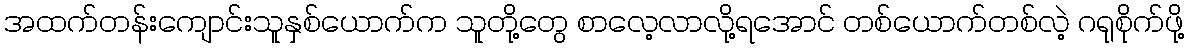
အထက်တန်းကျောင်းသူနှစ်ယောက်က သူတို့တွေ စာလေ့လာလို့ရအောင် တစ်ယောက်တစ်လဲ့ ဂရုစိုက်ဖို့